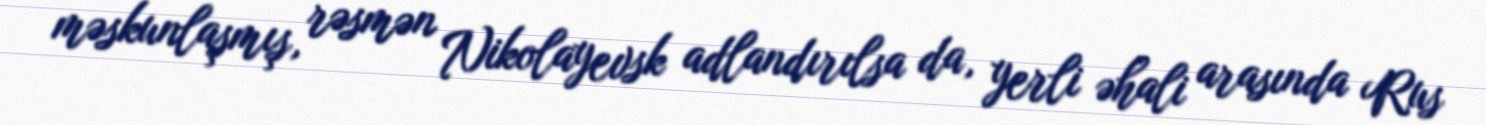
məskunlaşmış, rəsmən Nikolayevsk adlandırılsa da, yerli əhali arasında Rus